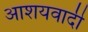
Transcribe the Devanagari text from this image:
आशयवादी